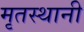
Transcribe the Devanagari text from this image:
मृतस्थानी